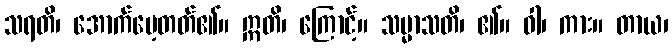
သရတိ၊ အောက်မေ့တတ်၏။ ဣတိ၊ ကြောင့်။ သမ္မာသတိ၊ ၏။ ဝါ၊ ကား။ တာယ၊